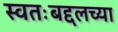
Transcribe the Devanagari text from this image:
स्वतःबद्दलच्या